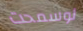
لوسمحت